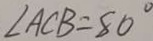
\angle A C B = 8 0 ^ { \circ }